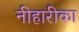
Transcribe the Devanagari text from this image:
नीहारीका